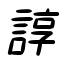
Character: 諄